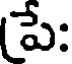
పే: